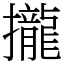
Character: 攏